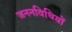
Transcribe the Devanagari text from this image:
जननविधियों